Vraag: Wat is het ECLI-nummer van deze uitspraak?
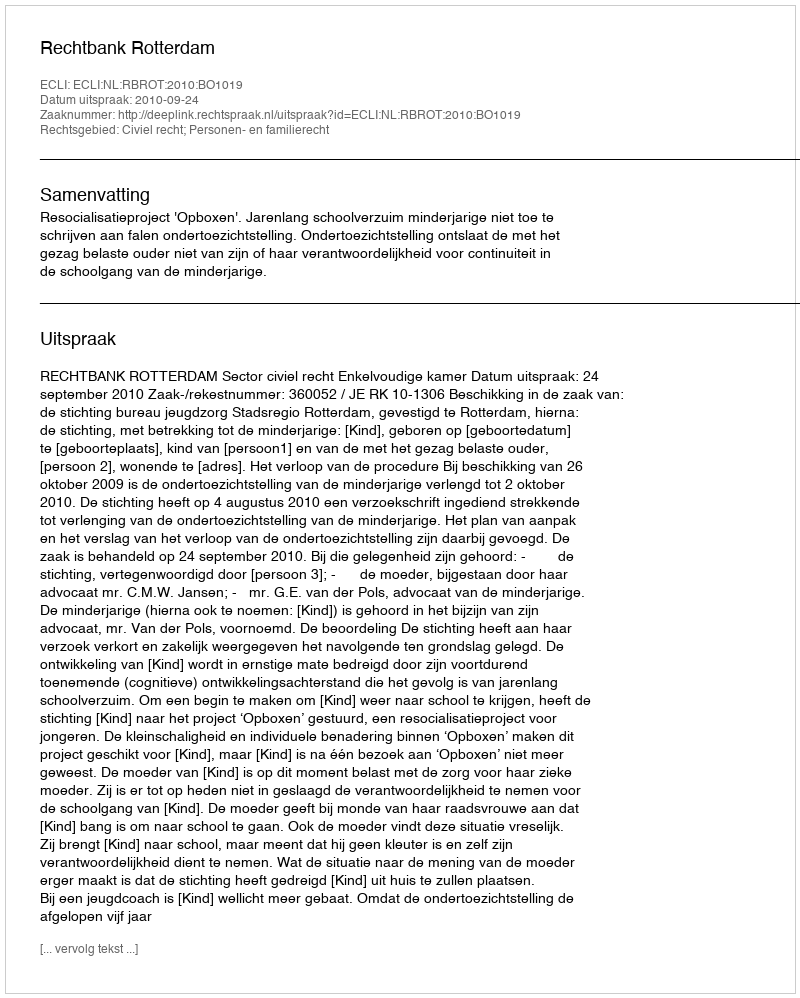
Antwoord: ECLI:NL:RBROT:2010:BO1019